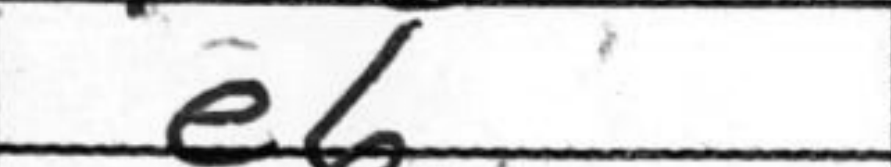
Transcription: e6